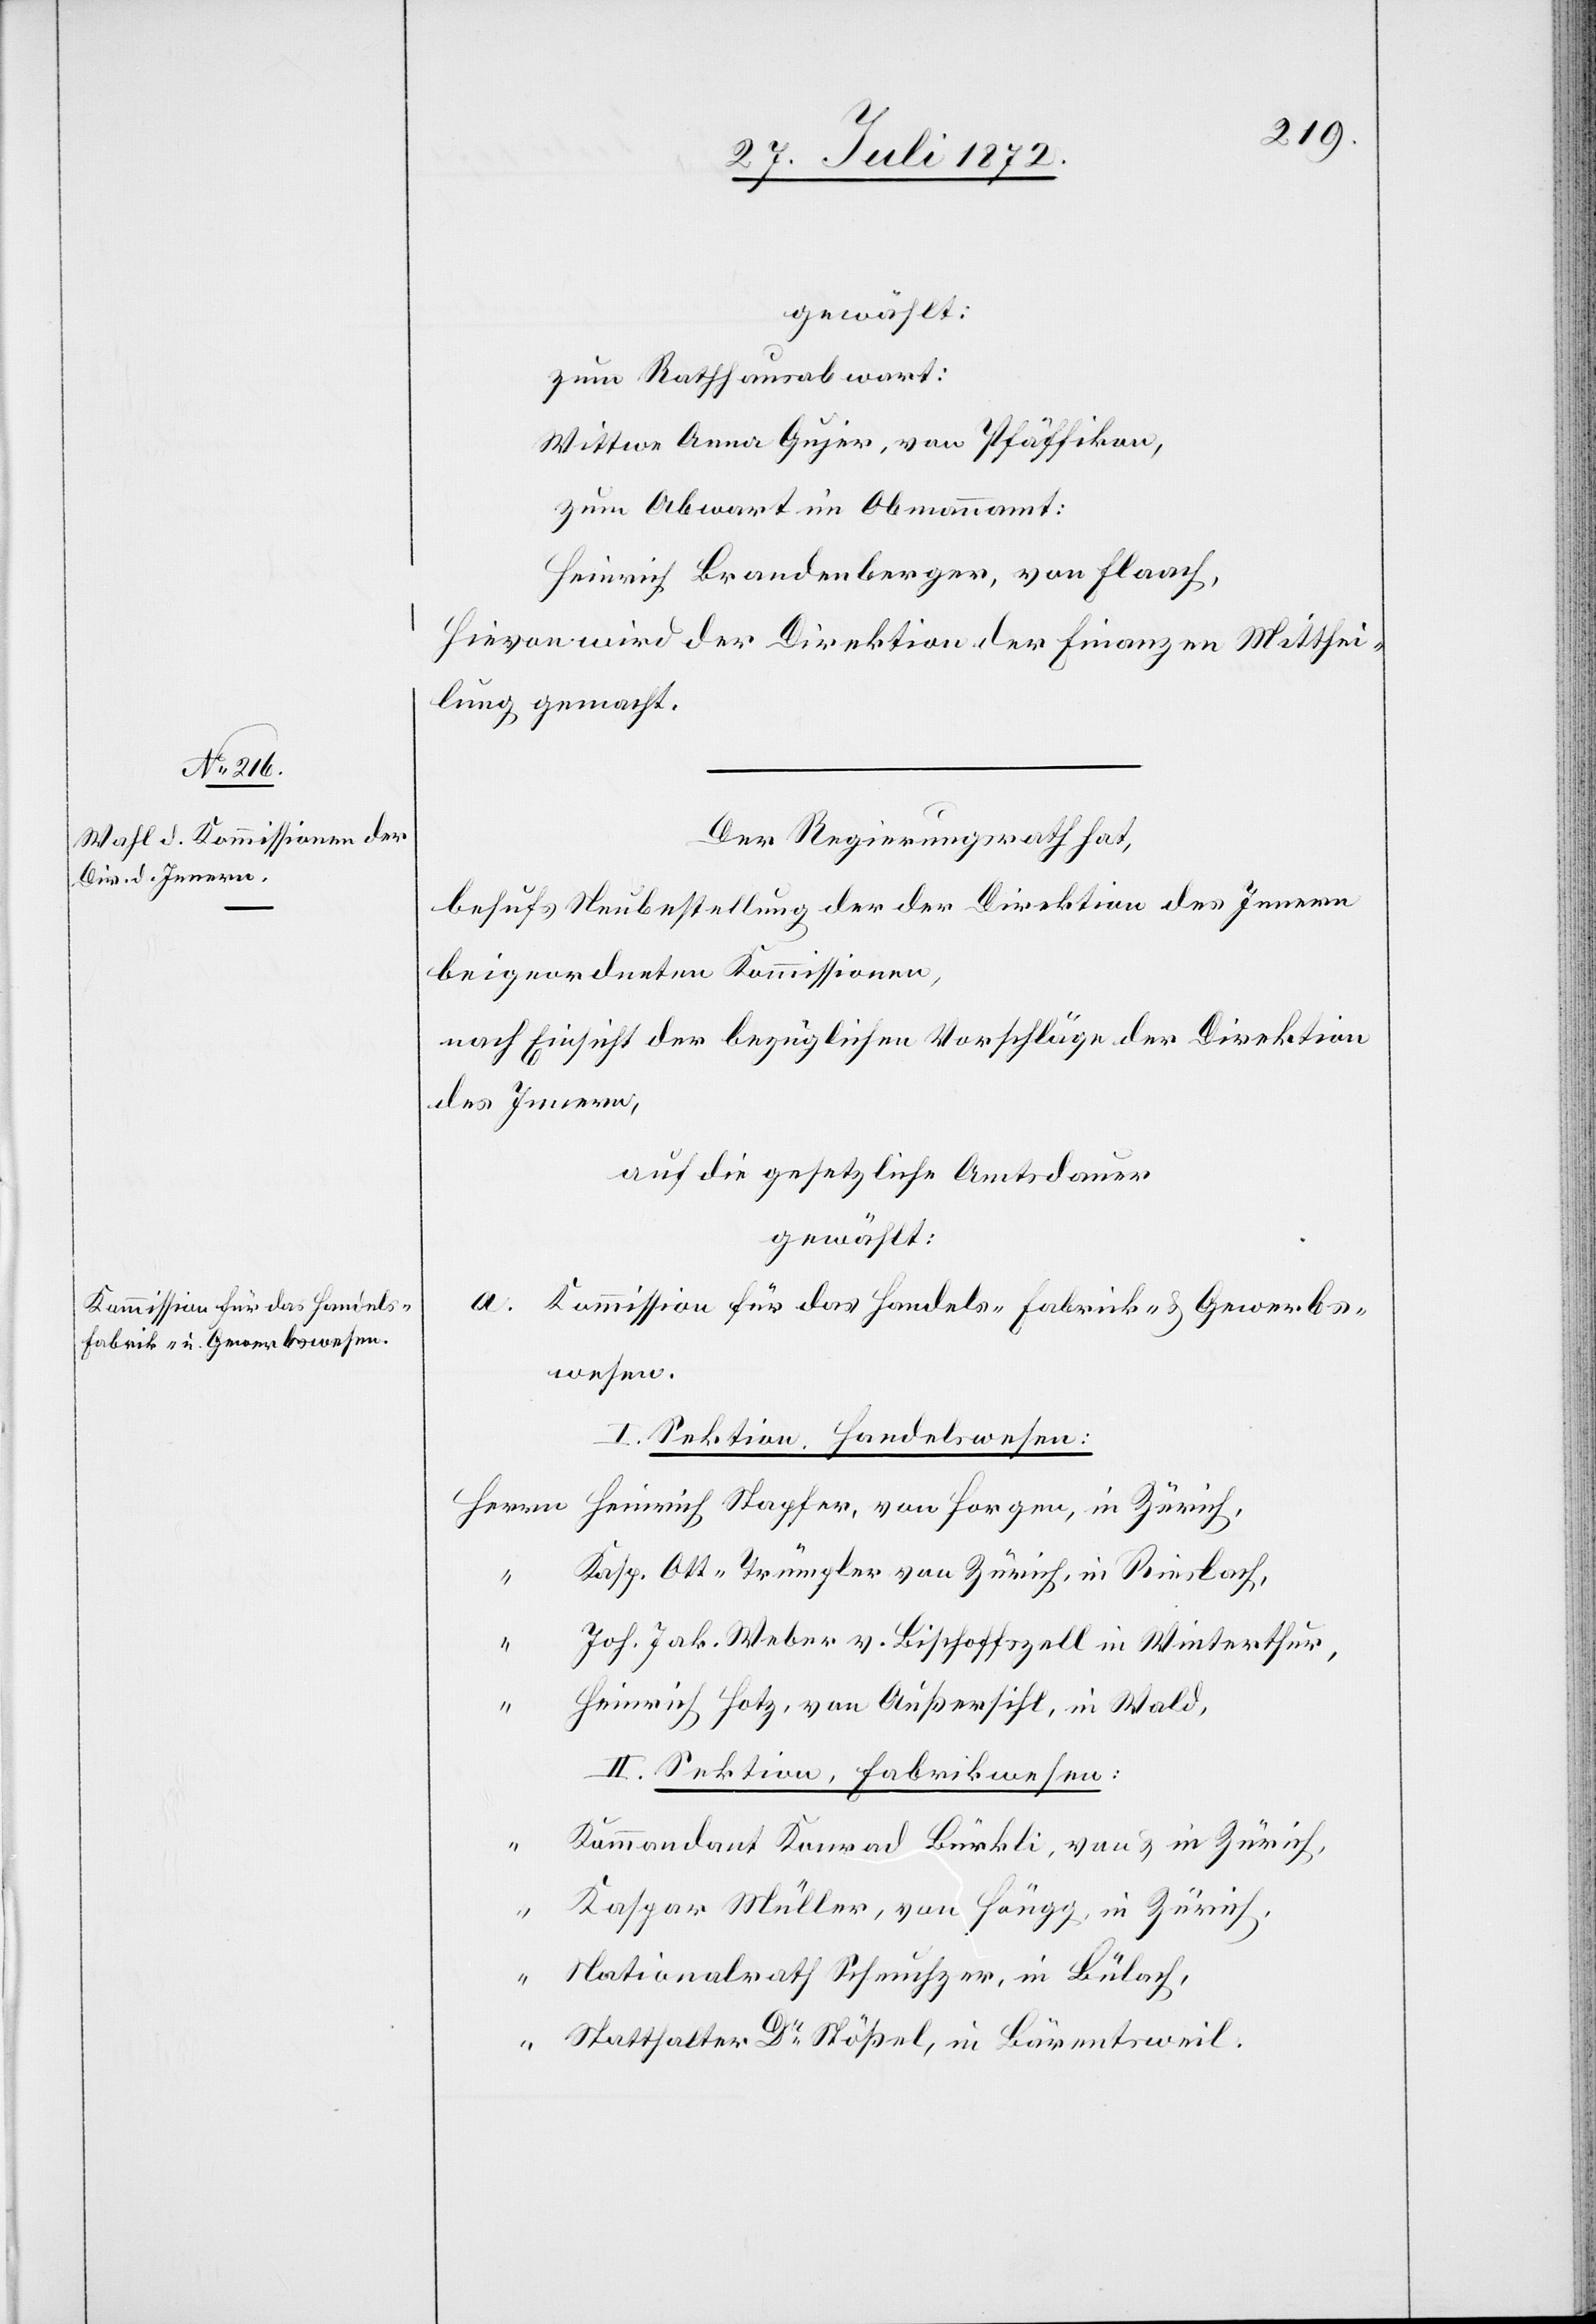
gewählt:
zum Rathhausabwart:
Wittwe Anna Gujer, von Pfäffikon,
zum Abwart im Obmannamt:
Heinrich Brandenberger, von Flaach,
Hievon wird der Direktion der Finanzen Mitthei¬
lung gemacht.
Der Regierungsrath hat,
behufs Neubestellung der der Direktion des Innern
beigeordneten Kommissionen,
nach Einsicht der bezüglichen Vorschläge der Direktion
des Innern,
auf die gesetzliche Amtsdauer
gewählt:
a. Kommission für das Handels-[,] Fabrick- u. Gewerbs¬
wesen.
I. Sektion, Handelswesen:
Kasp. Ott-Trümpler von Zürich, in Riesbach,
Joh. Jak. Weber v. Bischoffszell in Winterthur,
“
Heinrich Hotz, von Außersihl, in Wald,
II. Sektion, Fabrikwesen:
“
Kommandant Konrad Bürkli, von u. in Zürich,
Kaspar Müller, von Höngg, in Zürich,
Nationalrath Scheuchzer, in Bülach,
Statthalter Dr Stößel, in Bärentsweil.